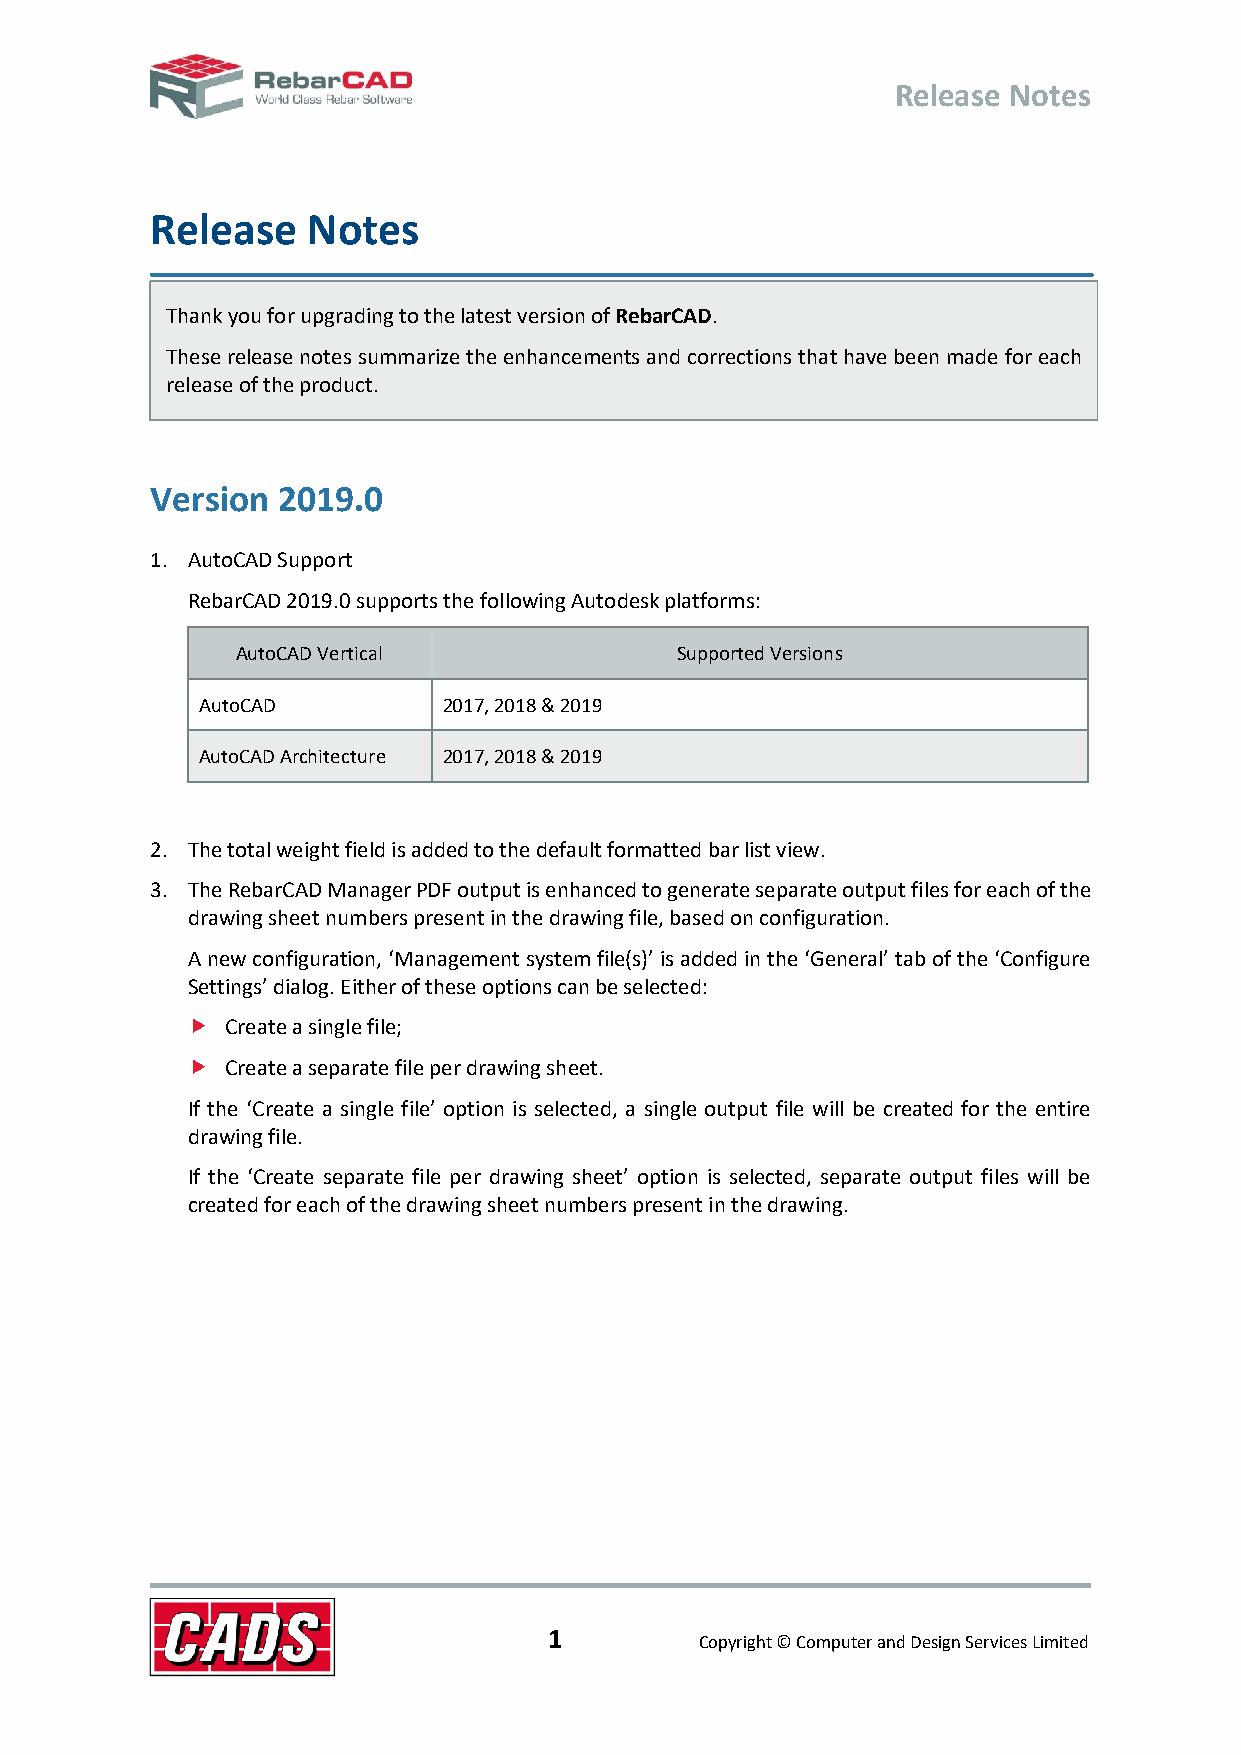
Release Notes
 Release   Notes
 Thank you for upgrading to the latest version of RebarCAD.
 These release notes summarize the enhancements and corrections that have been made for each
 release of the product.
 Version 2019.0
 1. AutoCAD Support
 RebarCAD 2019.0 supports the following Autodesk platforms:
 AutoCAD Vertical             Supported Versions
 AutoCAD         2017, 2018 & 2019
 AutoCAD Architecture 2017, 2018 & 2019
 2. The total weight field is added to the default formatted bar list view.
 3. The RebarCAD Manager PDF output is enhanced to generate separate output files for each of the
 drawing sheet numbers present in the drawing file, based on configuration.
 A new configuration, ‘Management system file(s)’ is added in the ‘General’ tab of the ‘Configure
 Settings’ dialog. Either of these options can be selected:
   Create a single file;
   Create a separate file per drawing sheet.
 If the ‘Create a single file’ option is selected, a single output file will be created for the entire
 drawing file.
 If the ‘Create separate file per drawing sheet’ option is selected, separate output files will be
 created for each of the drawing sheet numbers present in the drawing.
 1
 Copyright © Computer and Design Services Limited